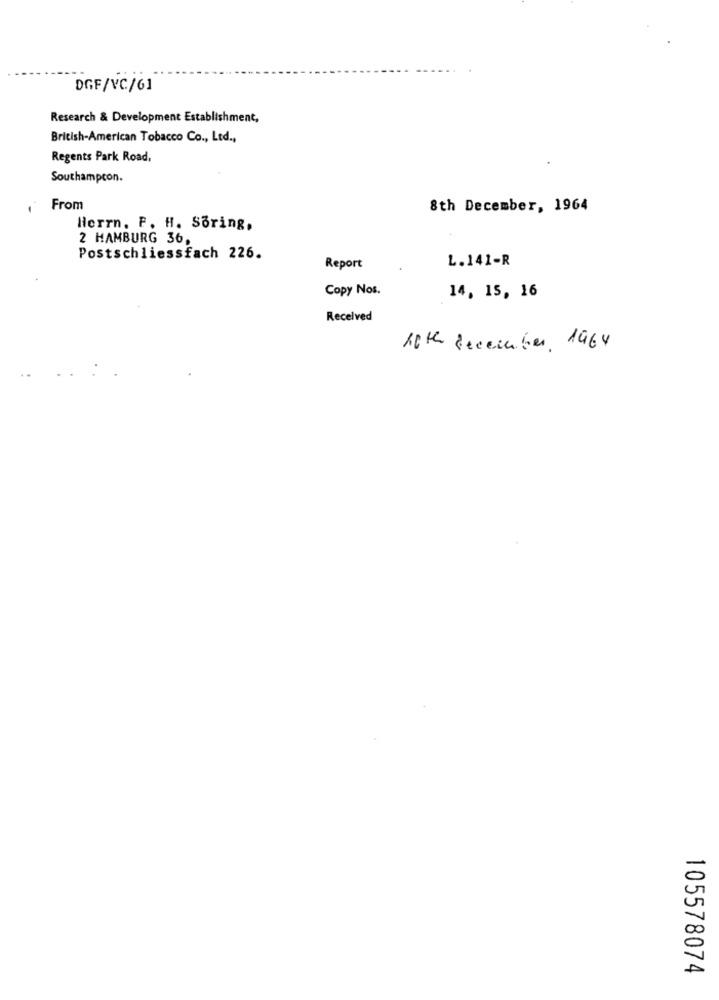
DGF/VC/61
Research & Development Establishment,
British-American Tobacco Co ., Ltd .,
Regents Park Road,
Southampcon.
From
8th December, 1964
Herrn. P. H. Soring,
2 HAMBURG 36,
Postschliessfach 226.
L.141-R
Report
Copy Nos.
14, 15, 16
Received
10th december 1964
105578074